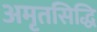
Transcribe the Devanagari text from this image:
अमृतसिद्धि